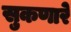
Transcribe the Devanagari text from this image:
सुकणारे